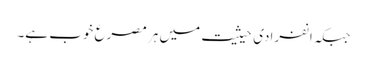
جبکہ انفرادی حیثیت میں ہر مصرع خوب ہے۔